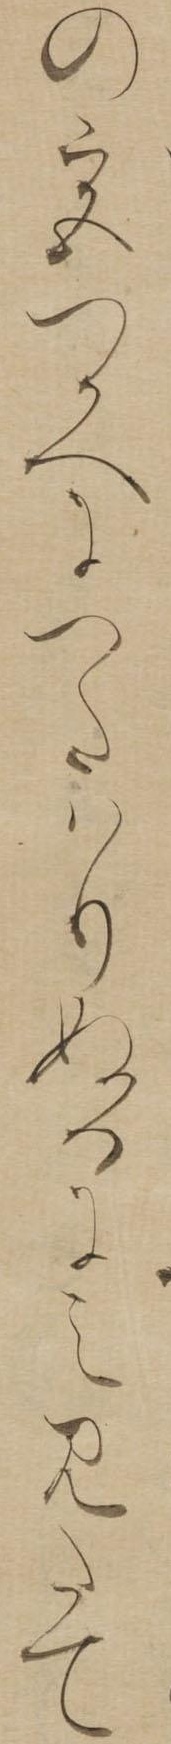
の宮つかへにつたはりぬるにえみたて